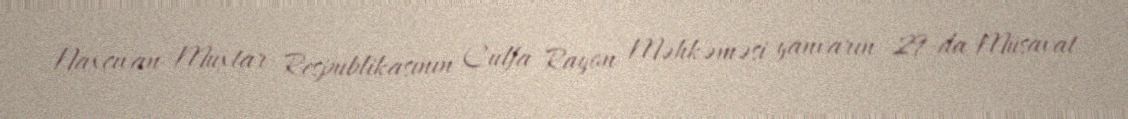
Naxçıvan Muxtar Respublikasının Culfa Rayon Məhkəməsi yanvarın 29-da Müsavat